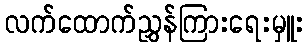
လက်ထောက်ညွှန်ကြားရေးမှူး